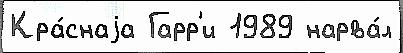
Кра́снаjа Гарр'и 1989 нарва́л